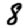
Digit: 8